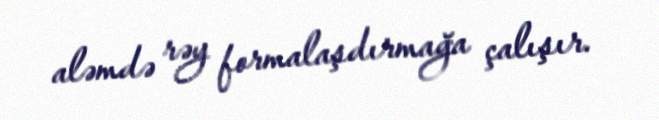
aləmdə rəy formalaşdırmağa çalışır.